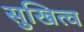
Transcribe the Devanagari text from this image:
सुखित्व